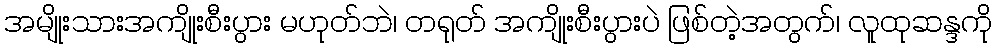
အမျိုးသားအကျိုးစီးပွား မဟုတ်ဘဲ၊ တရုတ် အကျိုးစီးပွားပဲ ဖြစ်တဲ့အတွက်၊ လူထုဆန္ဒကို